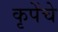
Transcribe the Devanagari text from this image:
कृपेंचे